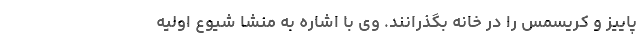
پاییز و کریسمس را در خانه بگذرانند. وی با اشاره به منشا شیوع اولیه